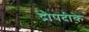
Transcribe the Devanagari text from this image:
द्रौपदीके